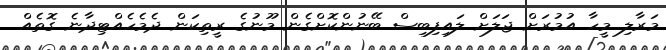
މަރާލި މީހާ އުމުރަށް ޖަލަށް ލައިފިބިސް ބޭނުންކޮށްގެން މޫނުގެ ރީތިކަން ދެމެހެއްޓިދާނެ ގޮތެއް